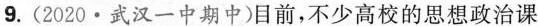
9.(2020 \cdot 武汉一中期中)目前，不少高校的思想政治课